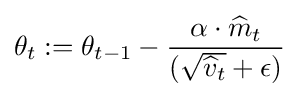
\theta _{t}:=\theta _{t-1}-{\frac {\alpha \cdot {\widehat {m}}_{t}}{({\sqrt {{\widehat {v}}_{t}}}+\epsilon )}}